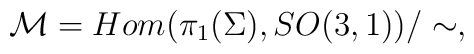
{\cal M}=Hom(\pi_{1}(\Sigma),SO(3,1))/\sim,